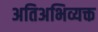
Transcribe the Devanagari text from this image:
अतिअभिव्यक्त